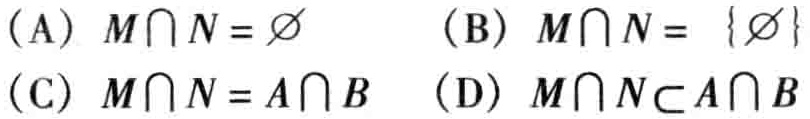
(A) \(M\cap N = \varnothing\)  (B) \(M\cap N = \{ \varnothing \}\)
(C) \(M\cap N = A\cap B\)  (D) \(M\cap N\subset A\cap B\)